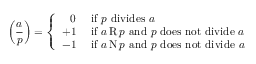
\left( { \frac { a } { p } } \right) = { \left\{ \begin{array} { l l } { \; \; \, 0 } & { { \mathrm { ~ i f ~ } } p { \mathrm { ~ d i v i d e s ~ } } a } \\ { + 1 } & { { \mathrm { ~ i f ~ } } a \operatorname { R } p { \mathrm { ~ a n d ~ } } p { \mathrm { ~ d o e s ~ n o t ~ d i v i d e ~ } } a } \\ { - 1 } & { { \mathrm { ~ i f ~ } } a \operatorname { N } p { \mathrm { ~ a n d ~ } } p { \mathrm { ~ d o e s ~ n o t ~ d i v i d e ~ } } a } \end{array} \right. }